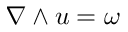
\nabla \wedge u = \omega